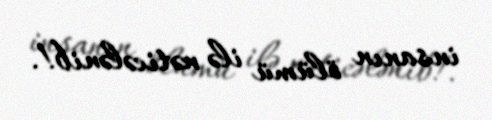
insanın ölümü ilə nəticələnib!.